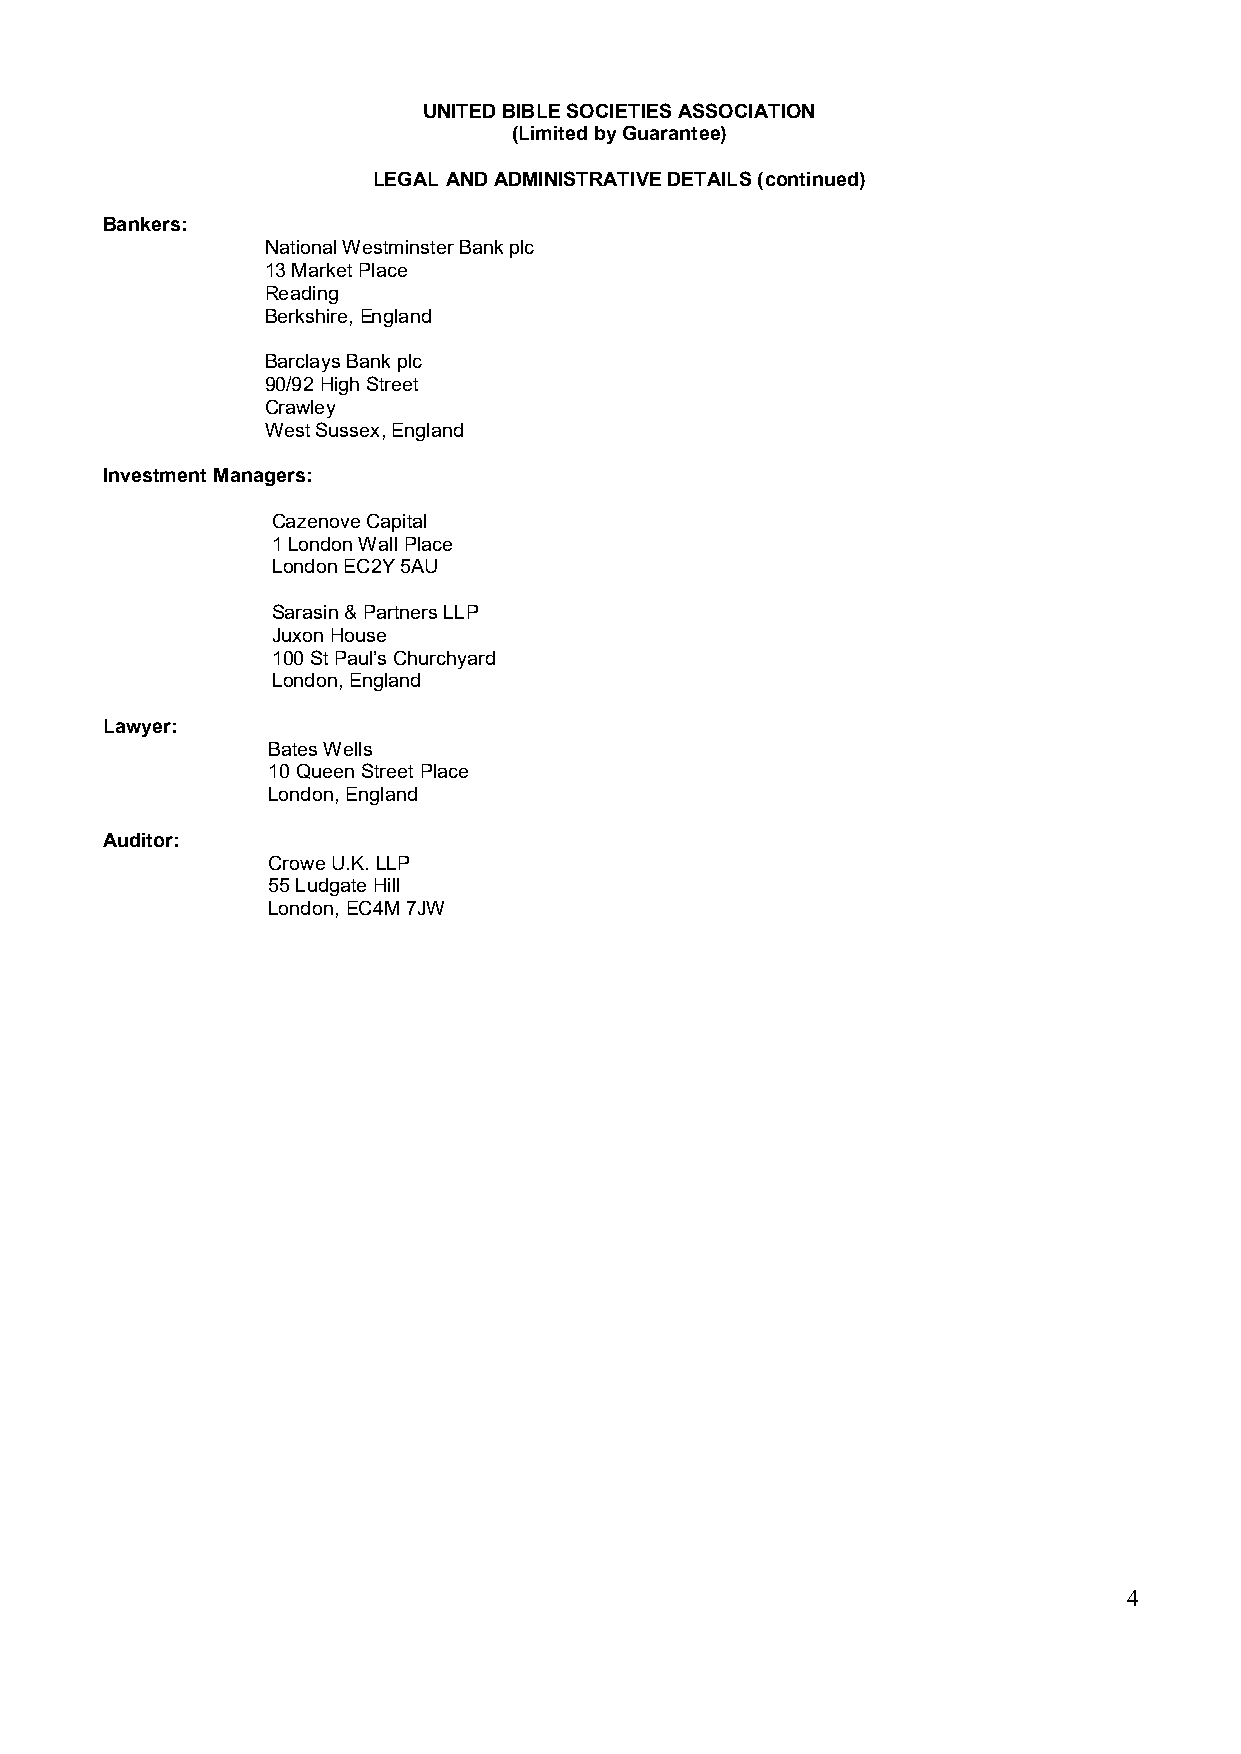
UNITED BIBLE SOCIETIES ASSOCIATION
 (Limited by Guarantee)
 LEGAL AND ADMINISTRATIVE DETAILS (continued)
 Bankers:
 National Westminster Bank plc
 13 Market Place
 Reading
 Berkshire, England
 Barclays Bank plc
 90/92 High Street
 Crawley
 West Sussex, England
 Investment Managers:
 Cazenove Capital
 1 London Wall Place
 London EC2Y 5AU
 Sarasin & Partners LLP
 Juxon House
 100 St Paul’s Churchyard
 London, England
 Lawyer:
 Bates Wells
 10 Queen Street Place
 London, England
 Auditor:
 Crowe U.K. LLP
 55 Ludgate Hill
 London, EC4M 7JW
 4